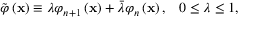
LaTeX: \tilde { \varphi } \left( \mathbf { x } \right) \equiv \lambda \varphi _ { n + 1 } \left( \mathbf { x } \right) + \bar { \lambda } \varphi _ { n } \left( \mathbf { x } \right) , \; \; \; 0 \leq \lambda \leq 1 ,